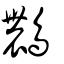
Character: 𪆯